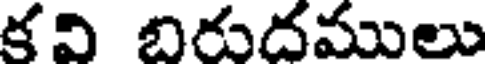
కవి బిరుదములు